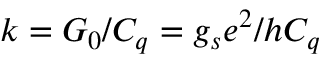
k = G _ { 0 } / C _ { q } = g _ { s } e ^ { 2 } / h C _ { q }